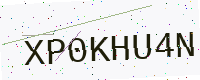
Text: XP0KHU4N